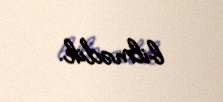
bilmədik.